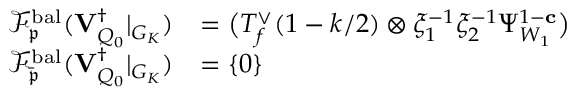
\begin{array} { r l } { \mathscr { F } _ { \mathfrak { p } } ^ { \mathrm { b a l } } ( { \mathbf { V } _ { Q _ { 0 } } ^ { \dagger } } \vert _ { G _ { K } } ) } & { = \bigl ( T _ { f } ^ { \vee } ( 1 - k / 2 ) \otimes \xi _ { 1 } ^ { - 1 } \xi _ { 2 } ^ { - 1 } \Psi _ { W _ { 1 } } ^ { 1 - \mathbf { c } } \bigr ) } \\ { \mathscr { F } _ { \bar { \mathfrak { p } } } ^ { \mathrm { b a l } } ( { \mathbf { V } _ { Q _ { 0 } } ^ { \dagger } } \vert _ { G _ { K } } ) } & { = \{ 0 \} } \end{array}